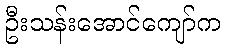
ဦးသန်းအောင်ကျော်က